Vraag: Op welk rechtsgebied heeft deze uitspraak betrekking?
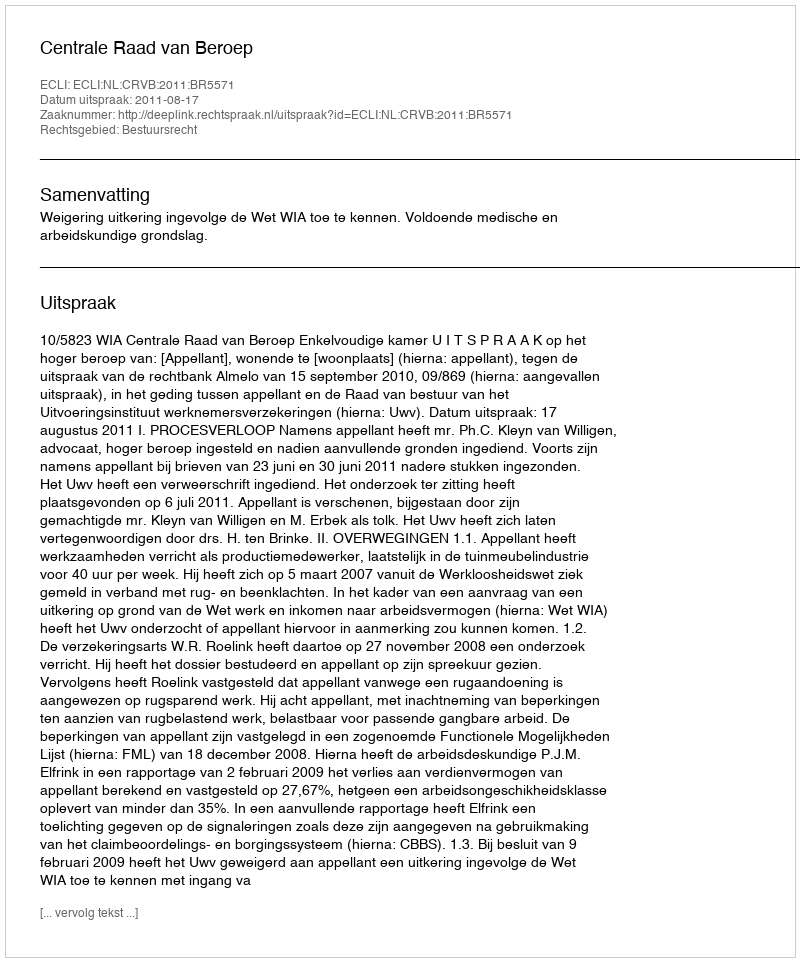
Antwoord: Bestuursrecht